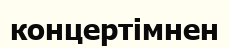
концертімнен